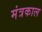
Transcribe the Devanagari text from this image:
मंत्रकाल